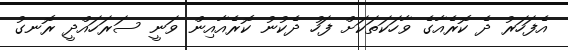
އެފަހަރު ދެ ކޮރެއާގެ ވާހަކަތަކަށް ފަހު ދެކުނު ކޮރެއާއިން ވަނީ ސަރަހައްދީ ރޮނގު